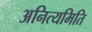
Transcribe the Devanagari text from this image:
अनित्यमिति